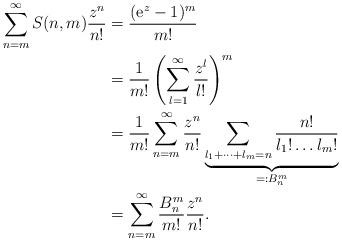
LaTeX: \begin{align*}\sum_{n=m}^{\infty}S(n,m)\frac{z^{n}}{n!} & =\frac{(\mathrm{e}^{z}-1)^{m}}{m!}\\ & =\frac{1}{m!}\left(\sum_{l=1}^{\infty}\frac{z^{l}}{l!}\right)^{m}\\ & =\frac{1}{m!}\sum_{n=m}^{\infty}\frac{z^{n}}{n!}\underbrace{\sum_{l_{1}+\dots+l_{m}=n}\frac{n!}{l_{1}!\dots l_{m}!}}_{=:B_{n}^{m}}\\ & =\sum_{n=m}^{\infty}\frac{B_{n}^{m}}{m!}\frac{z^{n}}{n!}.\end{align*}